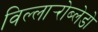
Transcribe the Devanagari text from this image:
विल्लार्‍रोब्लेडो